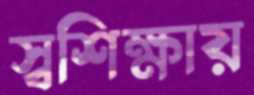
স্বশিক্ষায়